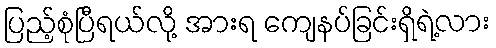
ပြည့်စုံပြီရယ်လို့ အားရ ကျေနပ်ခြင်းရှိရဲ့လား